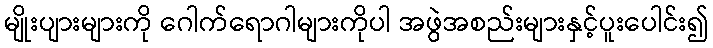
မျိုးပျားများကို ဂေါက်ရောဂါများကိုပါ အဖွဲအစည်းများနှင့်ပူးပေါင်း၍